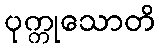
ပုက္ကုသောတိ